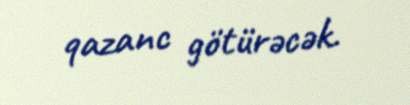
qazanc götürəcək.